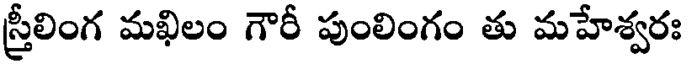
స్రీలింగ మఖిలం గౌరీ పుంలింగం తు మహేశ్వరః